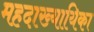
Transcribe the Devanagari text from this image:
महदाख्यायिका